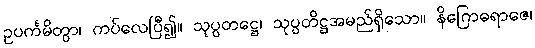
ဥပင်္ကမိတွာ၊ ကပ်လေပြီ၍။ သုပ္ပတဋ္ဌေ၊ သုပ္ပတိဋ္ဌအမည်ရှိသော။ နိဂြောဓရာဇေ၊